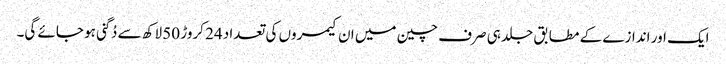
ایک اور اندازے کے مطابق جلد ہی صرف چین میں ان کیمروں کی تعداد 24 کروڑ 50 لاکھ سے دُگنی ہو جائے گی۔